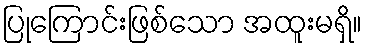
ပြုကြောင်းဖြစ်သော အထူးမရှိ။